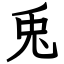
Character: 兎